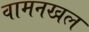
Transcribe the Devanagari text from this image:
वामनखल